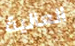
العالية